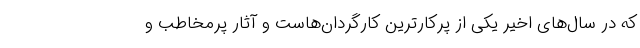
که در سال‌های اخیر یکی از پرکارترین کارگردان‌هاست و آثار پرمخاطب و